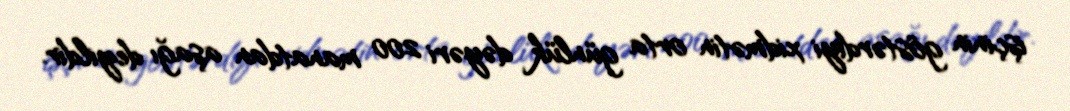
işçinin göstərdiyi xidmətin orta günlük dəyəri 200 manatdan aşağı deyildir.